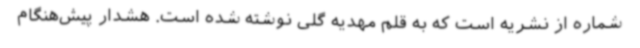
شماره از نشریه است که به قلم مهدیه گلی نوشته شده است. هشدار پیش‌هنگام